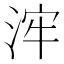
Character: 浶